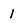
Character: 1